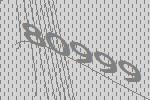
80999